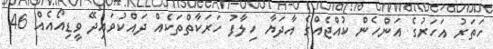
ހަތަރު އަހަރުގެ އަންހެން ކުއްޖެއްގެ އާދަޔާ ހިލާފު ހަރަކާތްތަކެއް ދައްކުވައިދޭ ވީޑިއޯއެއް 46